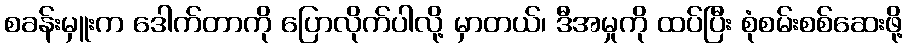
စခန်းမှူးက ဒေါက်တာကို ပြောလိုက်ပါလို့ မှာတယ်၊ ဒီအမှုကို ထပ်ပြီး စုံစမ်းစစ်ဆေးဖို့